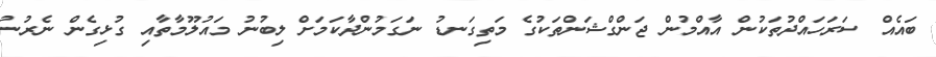
ބައެއް ސަރަހައްދުތަކުން އާއްމުން ޖަންގްޝަންތަކުގެ މަތިގަނޑު ނަގަމުންދާކަމަށް ލިބުނު މައުލޫމާތާއި ގުޅިގެން ނެރުނު